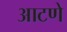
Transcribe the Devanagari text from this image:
आटणे